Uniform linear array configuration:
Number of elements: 8
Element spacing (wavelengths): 1
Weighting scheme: uniform
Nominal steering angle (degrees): -30
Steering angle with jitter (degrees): -29.302
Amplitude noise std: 0.05
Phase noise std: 0.05

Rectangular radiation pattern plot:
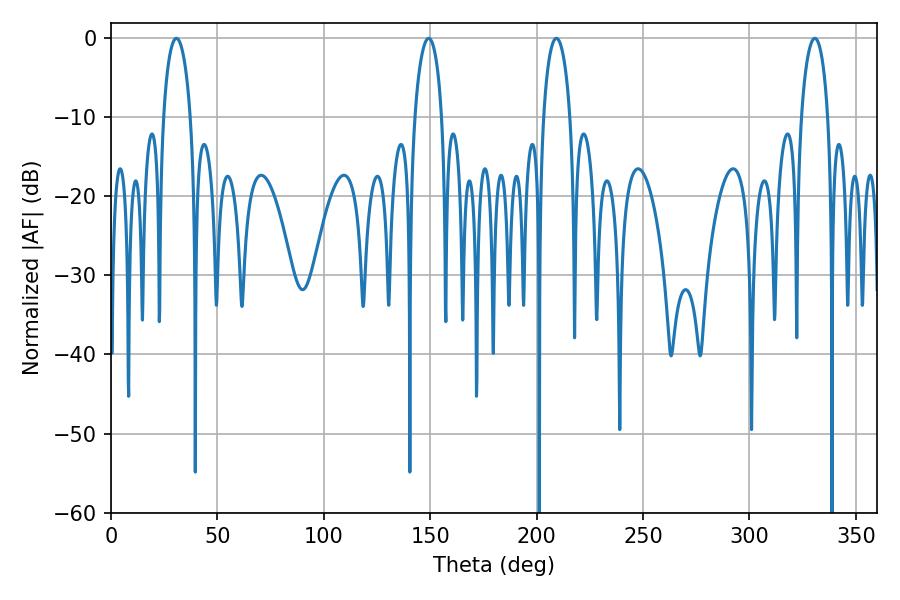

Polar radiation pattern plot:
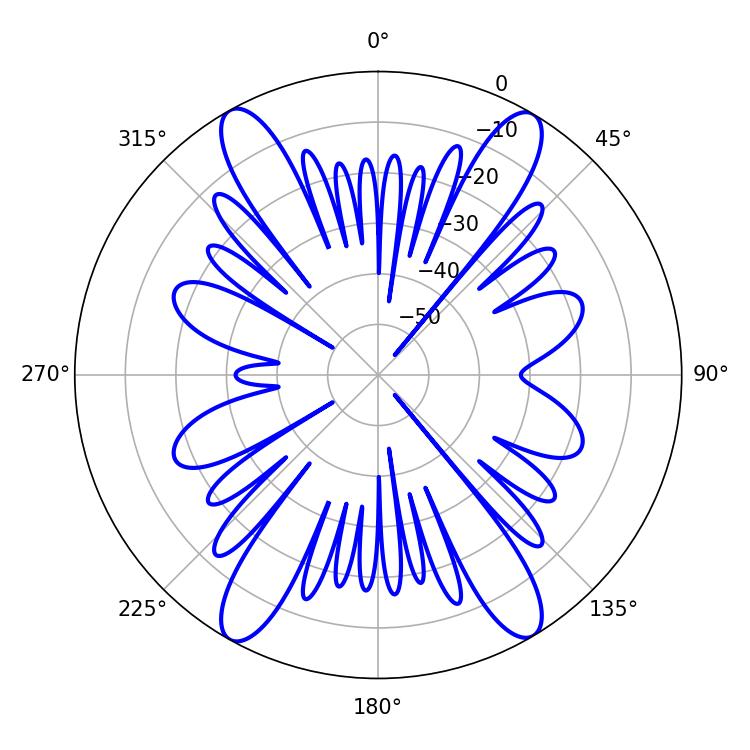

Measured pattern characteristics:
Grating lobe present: TRUE
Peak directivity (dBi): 24.264
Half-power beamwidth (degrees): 7.2
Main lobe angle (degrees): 30.78